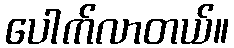
ပေါက်လာတယ်။